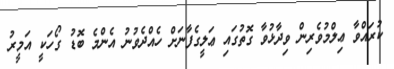
ކުރައްވާ ޢިލްމުވެރިން ވިދާޅުވާ ގޮތުގައި ޢަލީގެފާނަށް ހެއްދެވުނު އެންމެ ބޮޑު ގޯހަކީ އަމީރު